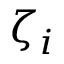
\zeta _ { i }